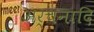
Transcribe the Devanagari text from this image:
अर्चनादि